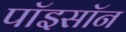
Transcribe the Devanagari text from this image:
पॉइसॉन